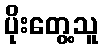
ပိုးတွေ့သူ